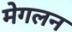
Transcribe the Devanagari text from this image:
मेगलन